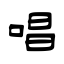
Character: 唱